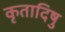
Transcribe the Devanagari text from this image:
कृतादिषु